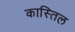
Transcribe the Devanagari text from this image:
कास्तिल